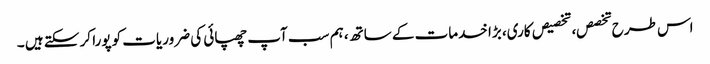
اس طرح تخصص، تخصیص کاری، بڑا خدمات کے ساتھ، ہم سب آپ چھپائی کی ضروریات کو پورا کر سکتے ہیں ۔